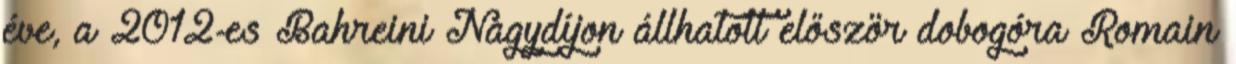
éve, a 2012-es Bahreini Nagydíjon állhatott először dobogóra Romain